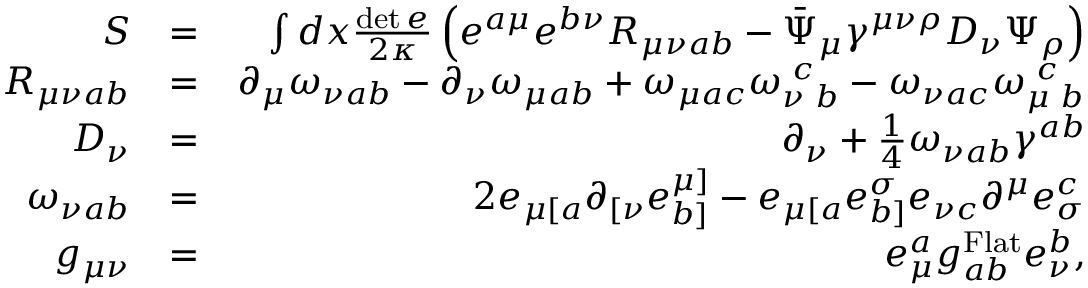
\begin{array} { r l r } { S } & { = } & { \int d x \frac { \operatorname* { d e t } e } { 2 \kappa } \left( e ^ { a \mu } e ^ { b \nu } R _ { { \mu \nu } a b } - \bar { \Psi } _ { \mu } \gamma ^ { { \mu \nu } \rho } D _ { \nu } \Psi _ { \rho } \right) } \\ { R _ { { \mu \nu } a b } } & { = } & { \partial _ { \mu } \omega _ { \nu a b } - \partial _ { \nu } \omega _ { \mu a b } + \omega _ { \mu a c } \omega _ { \nu \, \, b } ^ { \, \, c } - \omega _ { \nu a c } \omega _ { \mu \, \, b } ^ { \, \, c } } \\ { D _ { \nu } } & { = } & { \partial _ { \nu } + \frac { 1 } { 4 } \omega _ { \nu a b } \gamma ^ { a b } } \\ { \omega _ { \nu a b } } & { = } & { 2 e _ { \mu [ a } \partial _ { [ \nu } e _ { b ] } ^ { \mu ] } - e _ { \mu [ a } e _ { b ] } ^ { \sigma } e _ { \nu c } \partial ^ { \mu } e _ { \sigma } ^ { c } } \\ { g _ { \mu \nu } } & { = } & { e _ { \mu } ^ { a } g _ { a b } ^ { \mathrm { F l a t } } e _ { \nu } ^ { b } , } \end{array}